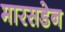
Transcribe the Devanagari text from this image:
मारसडेन